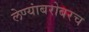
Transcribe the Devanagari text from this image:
लेण्यांबरोबरच